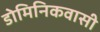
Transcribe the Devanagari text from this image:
डोमिनिकवासी